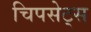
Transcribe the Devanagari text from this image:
चिपसेट्स